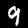
Label: 9